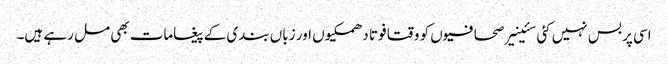
اسی پر بس نہیں کئی سئینیر صحافیوں کو وقتا فوتا دھمکیوں اور زباں بندی کے پیغامات بھی مل رہے ہیں۔